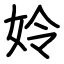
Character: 姈